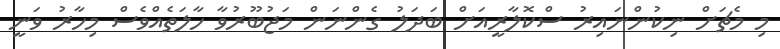
މި މެޗަށް ނިކުންނައިރު ސްކޮލާރީއަށް ބަދަލު ގެންނަން މަޖުބޫރުވާ ހާލަތެއްވެސް މިހާރު ވަނީ